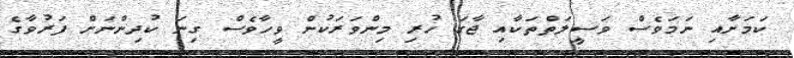
ކަމަށާއި ނަމަވެސް ވަސީލަތްތަކާއި ޖާގަ ހުރި މިންވަރަކުން ވީހާވެސް ގިނަ ކުދިންނަށް ފަރުވާގެ